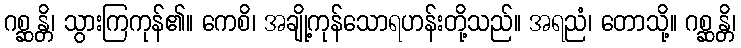
ဂစ္ဆန္တိ၊ သွားကြကုန်၏။ ကေစိ၊ အချို့ကုန်သောရဟန်းတို့သည်။ အရညံ၊ တောသို့။ ဂစ္ဆန္တိ၊